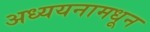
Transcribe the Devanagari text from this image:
अध्ययनामधून